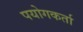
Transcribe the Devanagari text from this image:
पयोगकर्ता